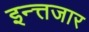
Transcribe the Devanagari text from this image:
इन्त्तजार